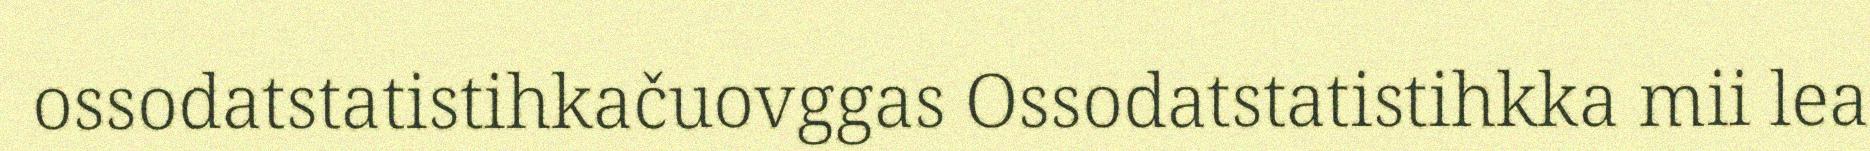
ossodatstatistihkačuovggas Ossodatstatistihkka mii lea